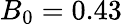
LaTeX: B_{0}=0.43